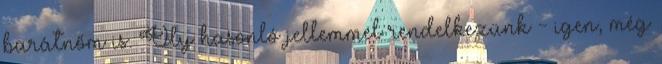
barátnőm is. Oly hasonló jellemmel rendelkezünk - igen, még